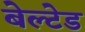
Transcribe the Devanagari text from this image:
बेल्टेड